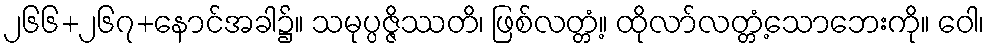
၂၆၆+၂၆၇+နောင်အခါ၌။ သမုပ္ပဇ္ဇိဿတိ၊ ဖြစ်လတ္တံ့။ ထိုလာ်လတ္တံ့သောဘေးကို။ ဝေါ၊